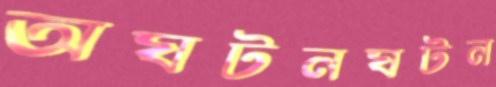
অঘটনঘটন